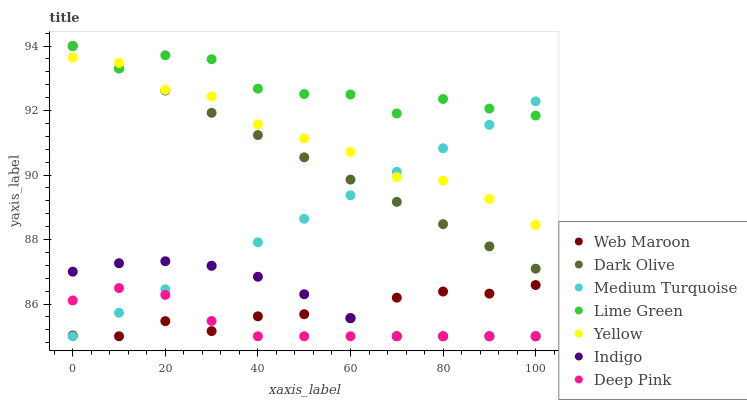
| xaxis_label | Web Maroon | Dark Olive | Medium Turquoise | Lime Green | Yellow | Indigo | Deep Pink |
 | --- | --- | --- | --- | --- | --- | --- | --- |
 | 0 | 85 | 94 | 85 | 94 | 93.6 | 87 | 86.1 |
 | 10 | 85 | 93.3 | 85.7 | 93.3 | 93.5 | 87.3 | 86.5 |
 | 20 | 85.5 | 92.6 | 86.5 | 93.7 | 92.6 | 87.3 | 86.3 |
 | 30 | 85.2 | 91.9 | 87.2 | 93.6 | 92.4 | 87.2 | 85.5 |
 | 40 | 85.6 | 91.2 | 87.9 | 92.7 | 91.6 | 86.8 | 85 |
 | 50 | 85.7 | 90.5 | 88.6 | 92.5 | 91.1 | 86.3 | 85 |
 | 60 | 85.6 | 89.9 | 89.4 | 92.5 | 90.7 | 85.6 | 85 |
 | 70 | 86.2 | 89.2 | 90.1 | 91.9 | 89.9 | 85 | 85 |
 | 80 | 86.4 | 88.5 | 90.8 | 92.4 | 89.8 | 85 | 85 |
 | 90 | 86.3 | 87.8 | 91.6 | 92.1 | 89.3 | 85 | 85 |
 | 100 | 86.6 | 87.1 | 92.3 | 91.8 | 88.5 | 85 | 85 |